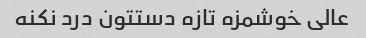
عالی خوشمزه تازه دستتون درد نکنه